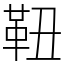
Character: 靵